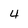
Character: 4